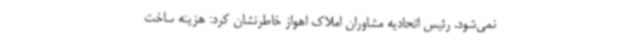
نمی‌شود. رئیس اتحادیه مشاوران املاک اهواز خاطرنشان کرد: هزینه ساخت